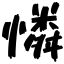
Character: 憐